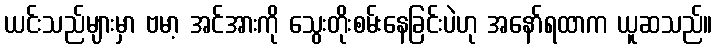
ယင်းသည်များမှာ ဗမာ့ အင်အားကို သွေးတိုးစမ်းနေခြင်းပဲဟု အနော်ရထာက ယူဆသည်။